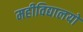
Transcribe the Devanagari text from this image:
महीविद्यालयों